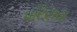
પરિણય